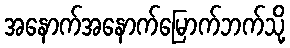
အနောက်အနောက်မြောက်ဘက်သို့